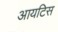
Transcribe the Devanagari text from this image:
आयटिस